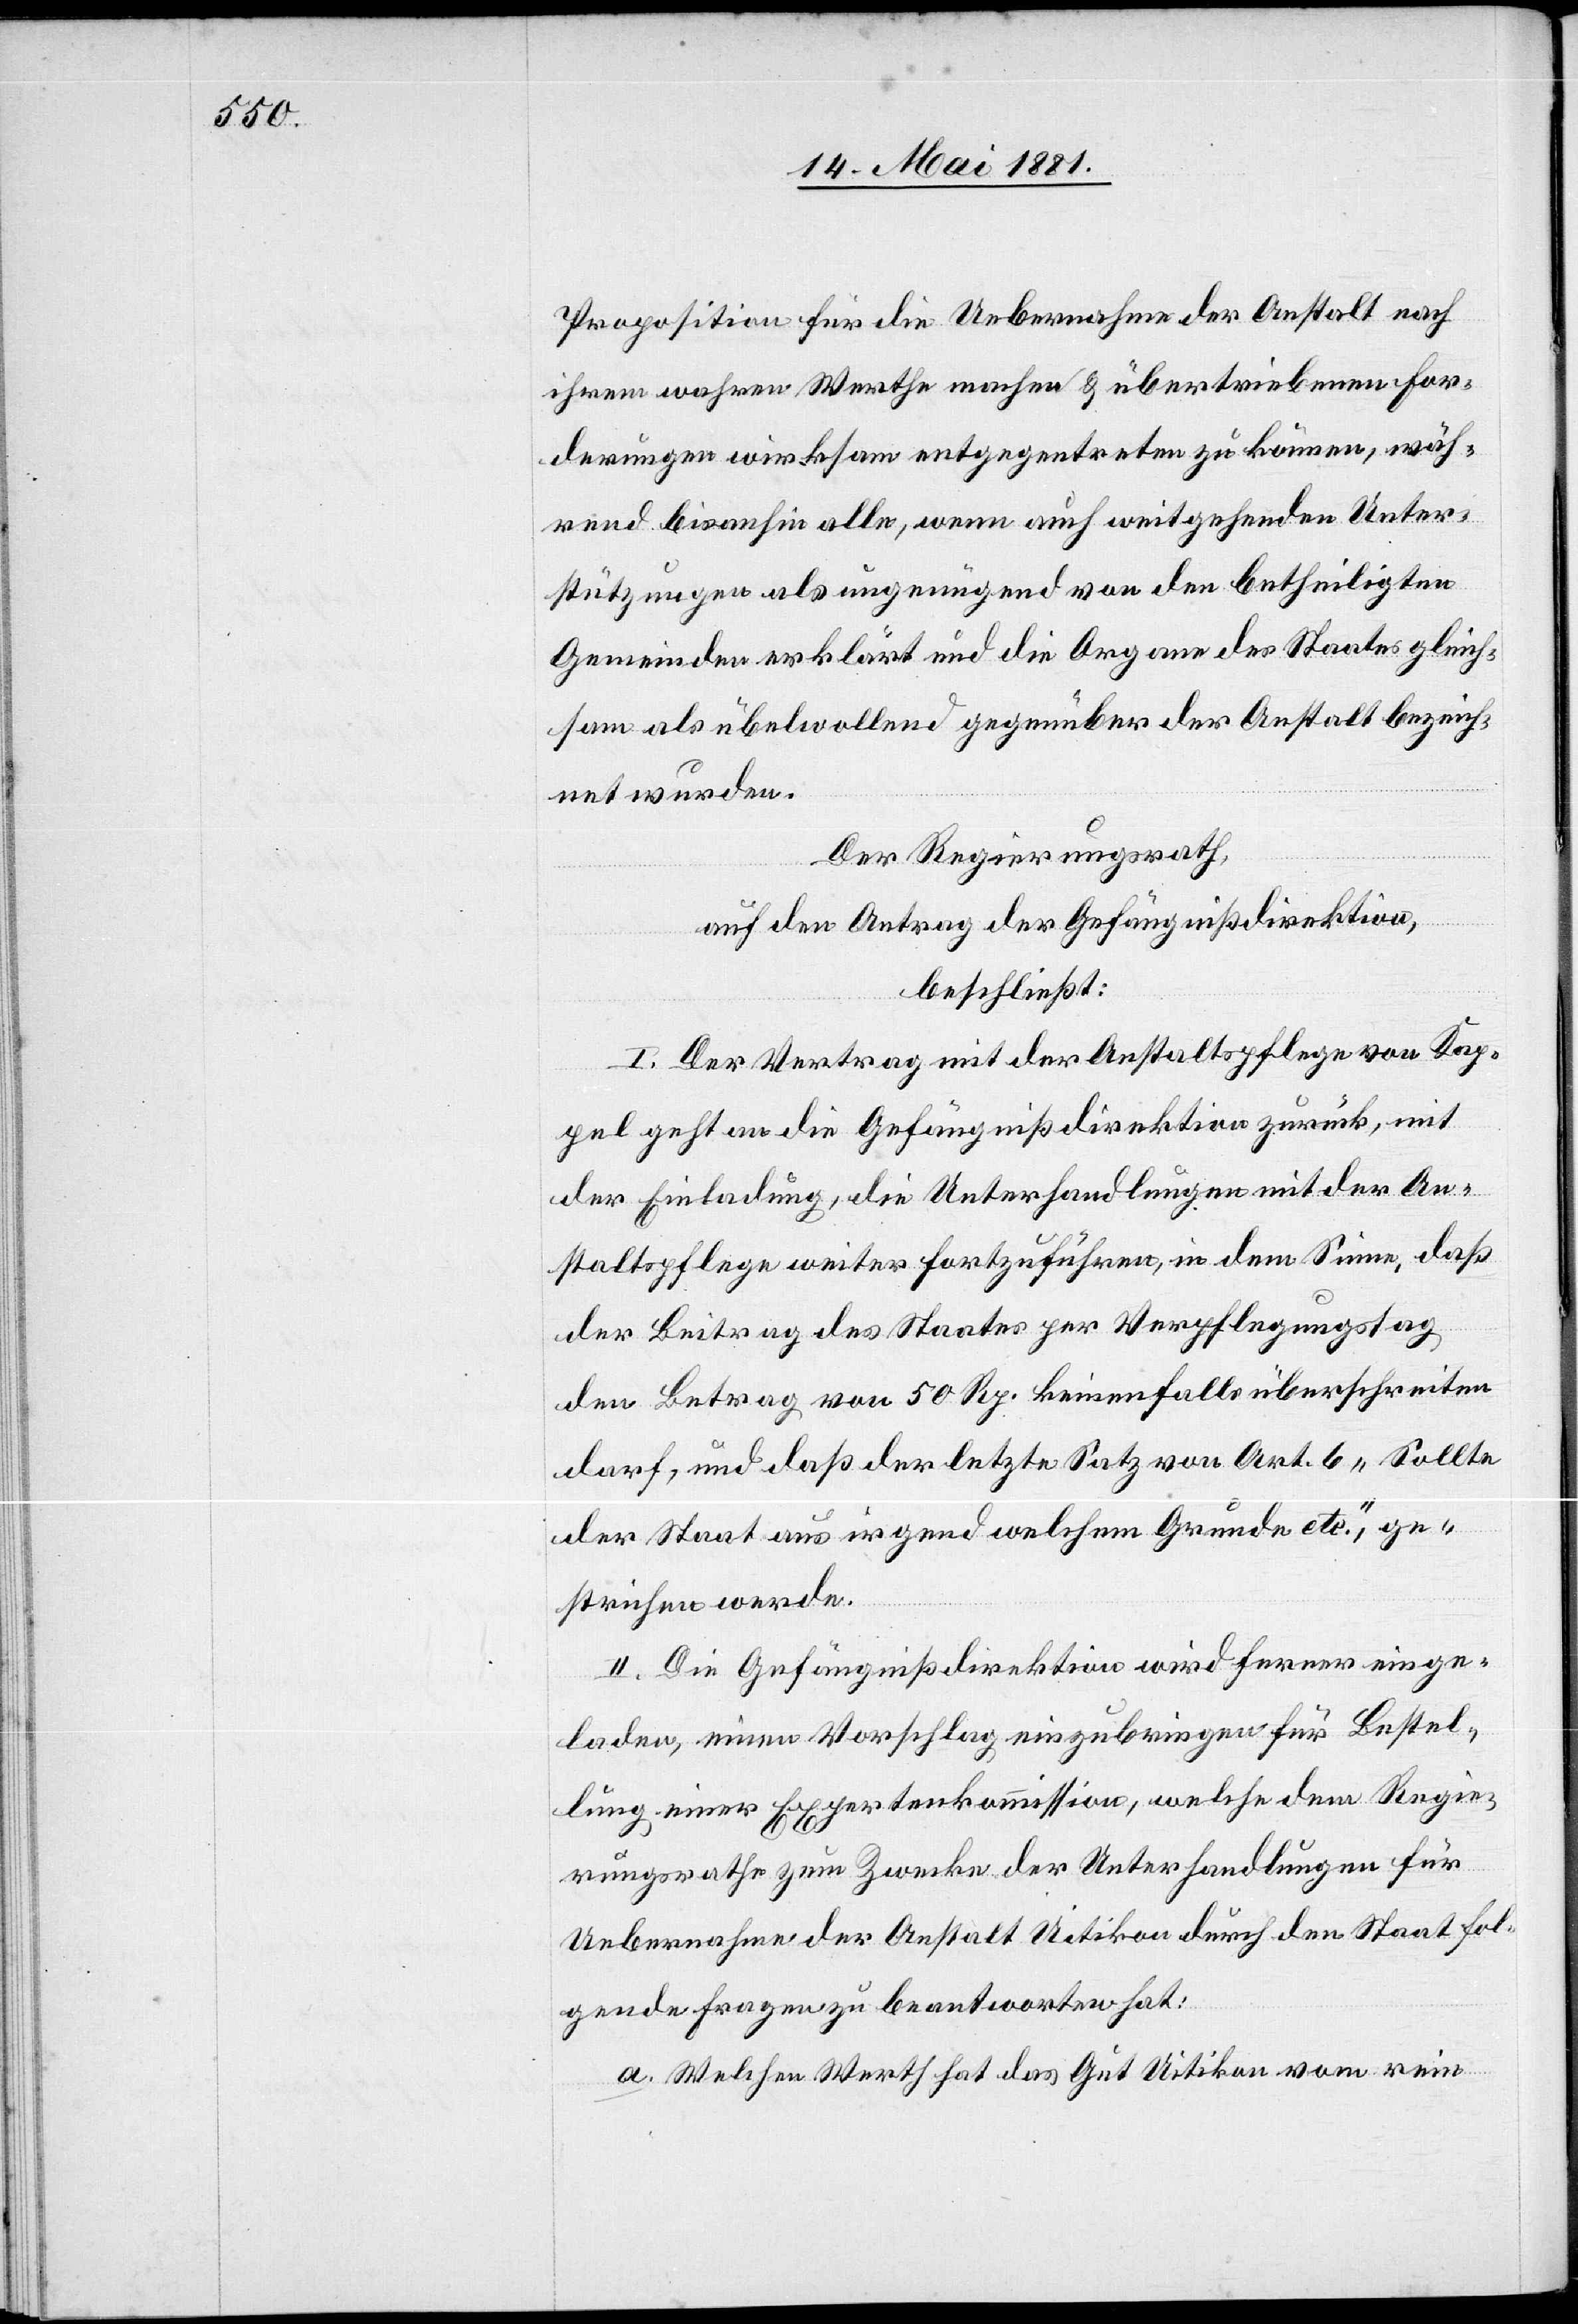
Proposition für die Uebernahme der Anstalt nach
ihrem wahren Werthe machen & übertriebenen For¬
derungen wirksam entgegentreten zu können, wäh¬
rend bis anhin alle, wenn auch weitgehende Unter¬
stützungen als ungenügend von den betheiligten
Gemeinden erklärt und die Organe des Staates gleich¬
sam als übelwollend gegenüber der Anstalt bezeich¬
net wurden.
Der Regierungsrath,
auf den Antrag der Gefängnißdirektion,
beschließt:
I. Der Vertrag mit der Anstaltspflege von Kap¬
pel geht an die Gefängnißdirektion zurück, mit
der Einladung, die Unterhandlungen mit der An¬
staltspflege weiter fortzuführen, in dem Sinne, daß
der Beitrag des Staates per Verpflegungstag
den Betrag von 50 Rp. keinenfalls überschreiten
darf, und das der letzte Satz von Art. 6 „Sollte
der Staat aus irgend welchem Grunde etc.“, ge¬
strichen werde.
II. Die Gefängnißdirektion wird ferner einge¬
laden, einen Vorschlag einzubringen für Bestel¬
lung einer Expertenkommission, welche dem Regie¬
rungsrathe zum Zwecke der Unterhandlungen für
Uebernahme der Anstalt Uitikon durch den Staats fol¬
gende Fragen zu beantworten hat:
a. Welchen Werth hat das Gut Uitikon vom rein